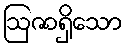
ဩဇာရှိသော